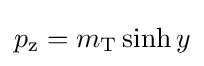
p_{\text{z}}=m_{\text{T}}\sinh {y}